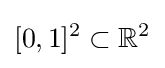
[0,1]^{2}\subset \mathbb {R} ^{2}